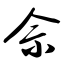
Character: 佘